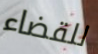
للقضاء